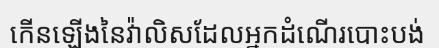
កើនឡើងនៃវ៉ាលិសដែលអ្នកដំណើរបោះបង់